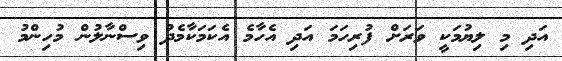
އަދި މި ލިޔުމަކީ ވަރަށް ފުރިހަމަ އަދި އެހާމެ އެކަމަކާމެދު ވިސްނާލުން މުހިންމު